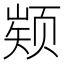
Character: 𮸵